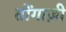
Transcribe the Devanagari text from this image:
तोंगाज़ी